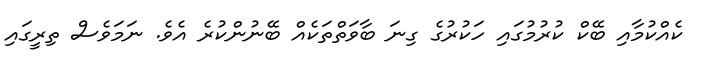
ކެއްކުމާއި ބޭކް ކުރުމުގައި ހަކުރުގެ ގިނަ ބާވަތްތަކެއް ބޭނުންކުރެ އެވެ. ނަމަވެސް ތިރީގައި